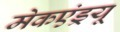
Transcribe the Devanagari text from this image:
मेकएंड्रयू